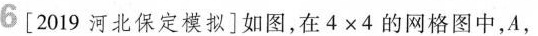
6 [2019河北保定模拟]如图，在$$4 \times 4$$的网格图中，A，